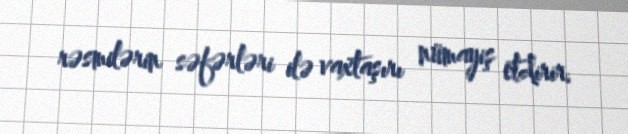
rəsmilərin səfərləri ilə vaxtaşırı nümayiş etdirir.